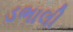
ડભાલી